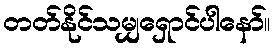
တတ်နိုင်သမျှရှောင်ပါနော်။